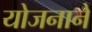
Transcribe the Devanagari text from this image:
योजनाने